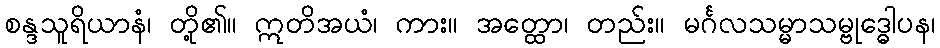
စန္ဒသူရိယာနံ၊ တို့၏။ ဣတိအယံ၊ ကား။ အတ္ထော၊ တည်း။ မင်္ဂလသမ္မာသမ္ဗုဒ္ဓေါပန၊